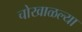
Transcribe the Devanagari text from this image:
चोखाळल्या